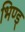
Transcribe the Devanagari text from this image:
भिण्ड्